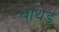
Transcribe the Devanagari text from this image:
धोथड़